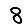
Digit: 8